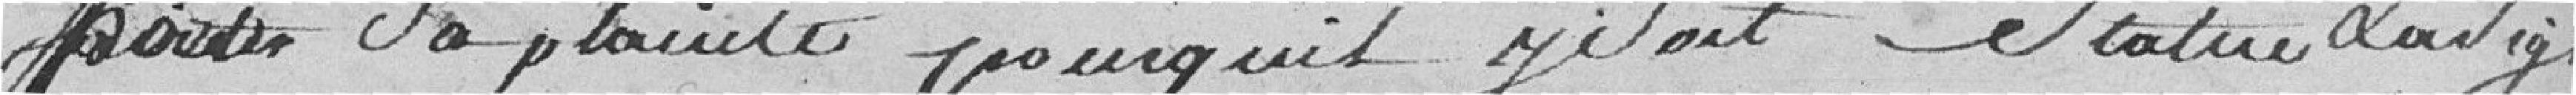
porter sa plainte pour qu'il se soit statué et a signé